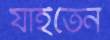
যাইতেন